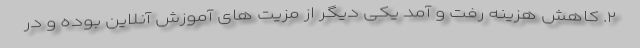
۲. کاهش هزینه رفت و آمد یکی دیگر از مزیت های آموزش آنلاین بوده و در